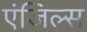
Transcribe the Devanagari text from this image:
एंजिल्स